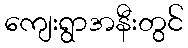
ကျေးရွာအနီးတွင်